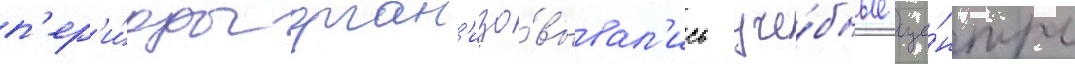
п'ер'и́оды орган'изо́вывал'ись уче́бные це́нтры